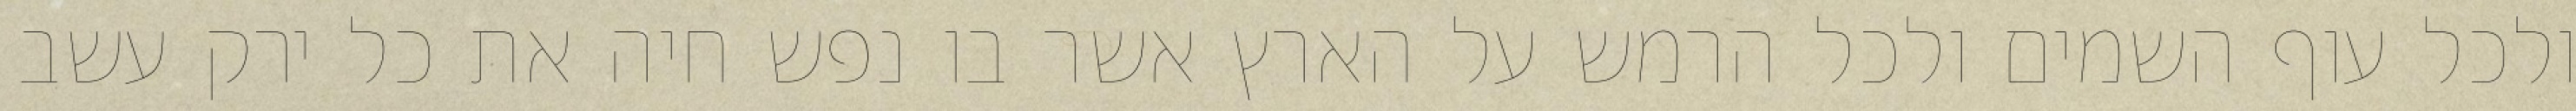
ולכל עוף השמים ולכל הרמש על הארץ אשר בו נפש חיה את כל ירק עשב